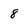
Character: 8